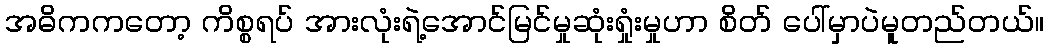
အဓိကကတော့ ကိစ္စရပ် အားလုံးရဲ့အောင်မြင်မှုဆုံးရှုံးမှုဟာ စိတ် ပေါ်မှာပဲမူတည်တယ်။